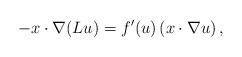
LaTeX: \begin{align*}- x \cdot \nabla ( Lu ) = f'(u) \left (x \cdot \nabla u\right ),\end{align*}